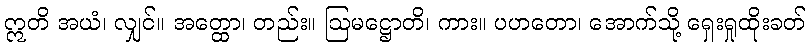
ဣတိ အယံ၊ လျှင်။ အတ္ထော၊ တည်း။ ဩမဋ္ဌောတိ၊ ကား။ ပဟတော၊ အောက်သို့ ရှေးရှုထိုးခတ်